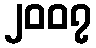
၂၀၀၇